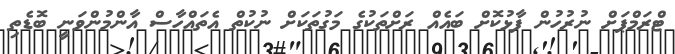
ޓްރަމްޕަށް ނުރުހުން ފާޅުކޮށް ބައެއް ރަށްތަކުގެ މަގުތަކަށް ނުކުތް އެތައްހާސް އާންމުންވަނީ ބޮޑެތި